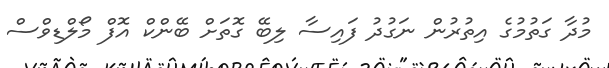
މުދާ ގަތުމުގެ އިތުރުން ނަގުދު ފައިސާ ލިބޭ ގޮތަށް ބޭންކް އޮފް މޯލްޑިވްސް